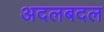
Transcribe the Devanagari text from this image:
अदलबदल